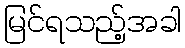
မြင်ရသည့်အခါ